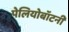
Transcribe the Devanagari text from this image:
पेलियोबॉटनी